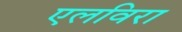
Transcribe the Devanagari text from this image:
एलविरा